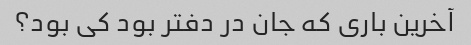
آخرین باری که جان در دفتر بود کی بود؟